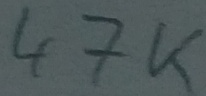
Text: 47K